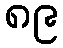
၈၉